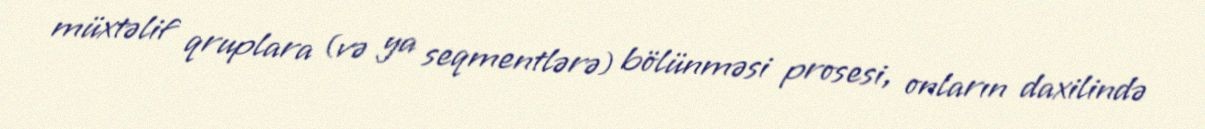
müxtəlif qruplara (və ya seqmentlərə) bölünməsi prosesi, onların daxilində